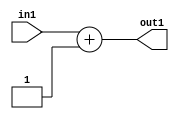
`timescale 1ps / 1ps
/*****************************************************************************
    Verilog RTL Description
    
    
    Created by: Stratus DpOpt 21.05.01 
*******************************************************************************/

module dut_Add_8U_87_4 (
	in1,
	out1
	); /* architecture "behavioural" */ 
input [7:0] in1;
output [7:0] out1;
wire [7:0] asc001;

assign asc001 = 
	+(in1)
	+(8'B00000001);

assign out1 = asc001;
endmodule

/* CADENCE  urj0Qgk= : u9/ySxbfrwZIxEzHVQQV8Q== ** DO NOT EDIT THIS LINE ******/